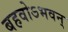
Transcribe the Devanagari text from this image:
बहवोऽभवन्